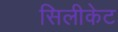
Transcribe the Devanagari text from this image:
सिलीकेट